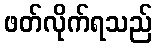
ဖတ်လိုက်ရသည်